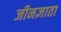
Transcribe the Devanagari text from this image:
जीनज्ञाता